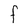
Character: F